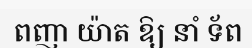
ពញា យ៉ាត ឱ្យ នាំ ទ័ព